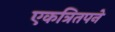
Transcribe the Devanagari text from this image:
एकत्रितपने